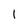
Character: 1